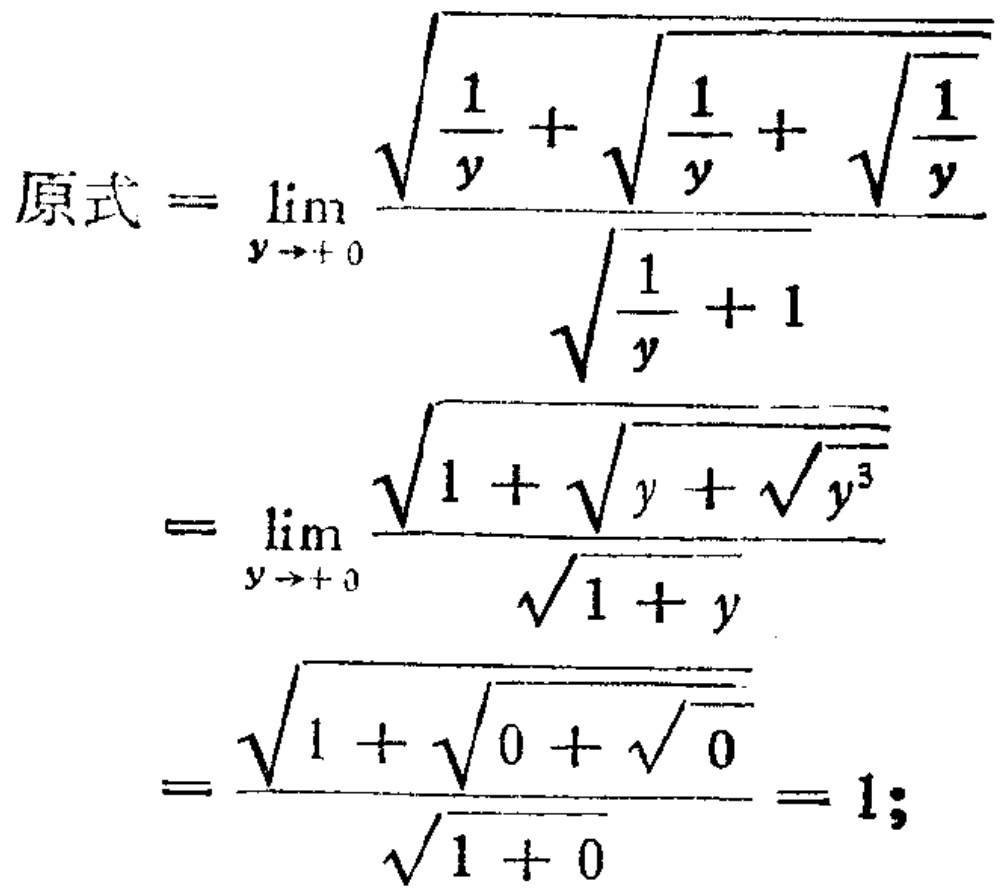
\[
\begin{align*}
原式&=\lim_{y \to + 0} \frac{\sqrt{\frac{1}{y}+\sqrt{\frac{1}{y}+\sqrt{\frac{1}{y}}}}}{\sqrt{\frac{1}{y}+1}}\\
&=\lim_{y \to + 0} \frac{\sqrt{1+\sqrt{y}+\sqrt{y^{3}}}}{\sqrt{1 + y}}\\
&=\frac{\sqrt{1+\sqrt{0+\sqrt{0}}}}{\sqrt{1 + 0}} = 1;
\end{align*}
\]